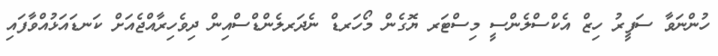
ހުންނަވާ ސަފީރު ހިޒް އެކްސްލެންސީ މިސްޓަރ ޔޮގެން މޯހަރޑް ނެދަރލެންޑްސްއިން ދިވެހިރާއްޖެއަށް ކަނޑައަޅުއްވާފައި